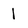
Character: 1